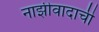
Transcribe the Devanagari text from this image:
नाझीवादाची